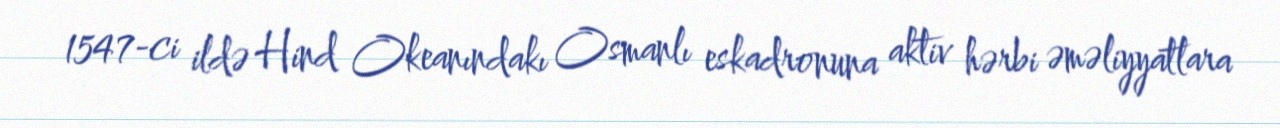
1547-ci ildə Hind Okeanındakı Osmanlı eskadronuna aktiv hərbi əməliyyatlara